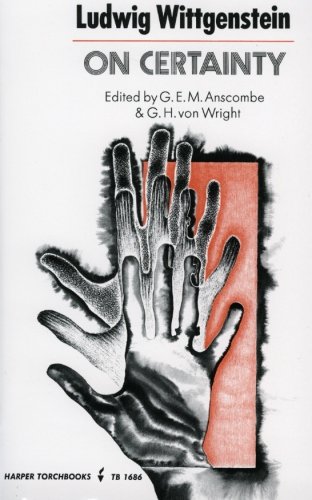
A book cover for On Certainty (English and German Edition); Ludwig Wittgenstein; Politics & Social Sciences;